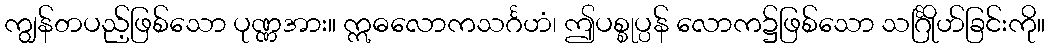
ကျွန်တပည့်ဖြစ်သော ပုဏ္ဏအား။ ဣဓလောကသင်္ဂဟံ၊ ဤပစ္စုပ္ပန် လောက၌ဖြစ်သော သင်္ဂြိုဟ်ခြင်းကို။